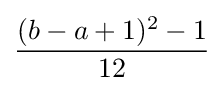
{\frac {(b-a+1)^{2}-1}{12}}